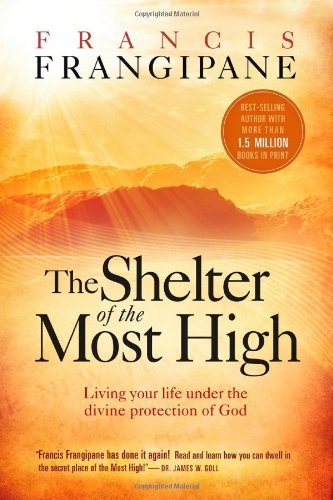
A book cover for The Shelter of the Most High: Living Your Life Under the Divine Protection of God; Francis Frangipane; Christian Books & Bibles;